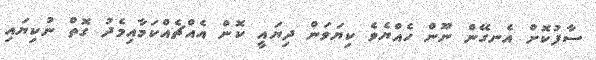
ސާފުކޮށް އެނގޭން ނޫން ހެއްޔެވެ ކިޔަވަން ދިޔައީ ކޮން އެއްޗެއްކަމާއިމެދު ގޮތް ނުކިޔައި